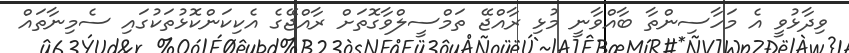
ވިދާޅުވީ އެ މަހާސިންތާ ބާއްވާނީ މުޅި ރާއްޖޭ ތަމްސީލްވާގޮތަށް ރާއްޖޭގެ އެކިކަންކޮޅުތަކުގައި ސެމިނާތައް